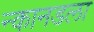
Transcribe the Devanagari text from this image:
न्कानडला